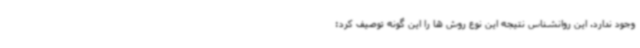
وجود ندارد. این روانشناس نتیجه این نوع روش ها را این گونه توصیف کرد: